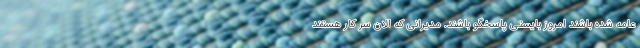
عامه شده باشند امروز بایستی پاسخگو باشند. مدیرانی که الان سر کار هستند